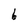
Character: b